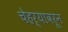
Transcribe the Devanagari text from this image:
चेहऱ्यावरून